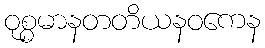
ဝုစ္စမာနတတိယနဝကေန